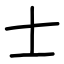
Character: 士